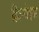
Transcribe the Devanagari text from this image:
ल्लिनोइस